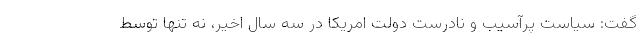
گفت: سیاست پرآسیب و نادرست دولت امریکا در سه سال اخیر، نه تنها توسط